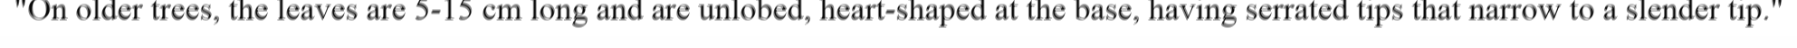
"On older trees, the leaves are 5-15 cm long and are unlobed, heart-shaped at the base, having serrated tips that narrow to a slender tip."